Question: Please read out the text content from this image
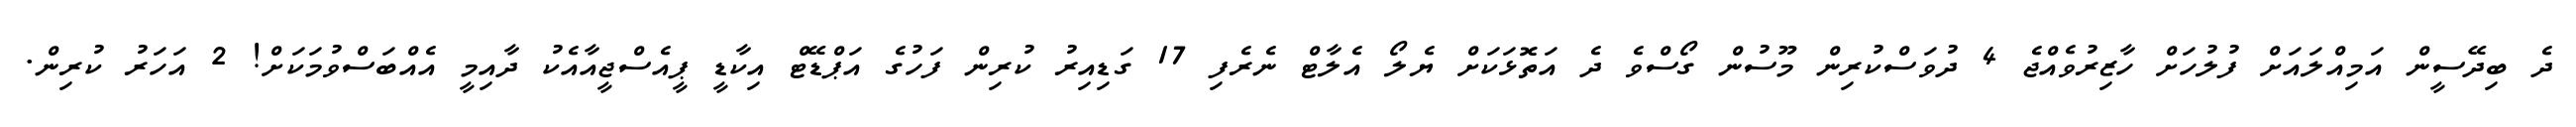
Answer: ދެ ބިދޭސީން އަމިއްލައަށް ފުލުހަށް ހާޒިރުވެއްޖެ 4 ދުވަސްކުރިން މޫސުން ގޯސްވެ ދެ އަތޮޅަކަށް ޔެލޯ އެލާޓް ނެރެފި 17 ގަޑިއިރު ކުރިން ފަހުގެ އަޕްޑޭޓް އިކާޑީ ޕީއެސްޖީއާއެކު ދާއިމީ އެއްބަސްވުމަކަށް! 2 އަހަރު ކުރިން.